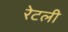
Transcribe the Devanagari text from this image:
रेटली